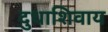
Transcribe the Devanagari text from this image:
दुधाशिवाय